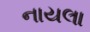
નાયલા